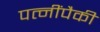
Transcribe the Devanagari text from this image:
पत्‍नींपैकी